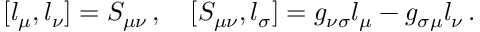
[ l _ { \mu } , l _ { \nu } ] = S _ { \mu \nu } \, , \quad [ S _ { \mu \nu } , l _ { \sigma } ] = g _ { \nu \sigma } l _ { \mu } - g _ { \sigma \mu } l _ { \nu } \, .